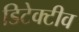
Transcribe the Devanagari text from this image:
डिटेक्टीव